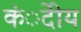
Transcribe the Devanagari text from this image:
कंेदीय